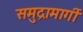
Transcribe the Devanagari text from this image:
समुद्रामार्गी